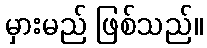
မှားမည် ဖြစ်သည်။